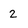
Character: 2